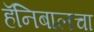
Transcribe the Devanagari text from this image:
हॅनिबालचा